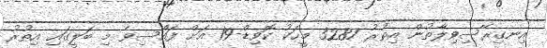
އިނގިރޭސިވިލާތުން އިތުރު 3287 މީހަކު ކޮވިޑް-19 އަށް ފައްސިވެ މި ބަލީގައި އިތުރު